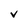
Character: v